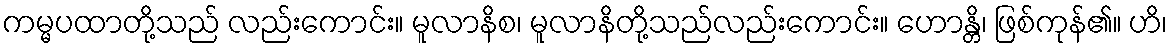
ကမ္မပထာတို့သည် လည်းကောင်း။ မူလာနိစ၊ မူလာနိတို့သည်လည်းကောင်း။ ဟောန္တိ၊ ဖြစ်ကုန်၏။ ဟိ၊